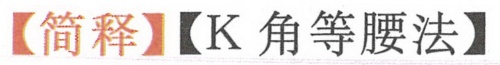
【简释】【K角等腰法】